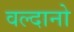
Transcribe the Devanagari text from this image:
वल्दानो